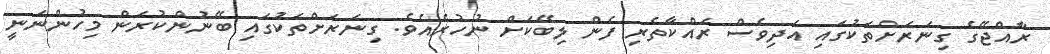
ރާއްޖޭގެ ގިނަރަށްތަކުގައި އަދިވެސް ރައްކާތެރި ފެން ލިބޭކަށް ނުހުރެއެވެ. ގިނަރަށްތަކުގައި ބޭނުންކުރަން މިހުންނަނީ